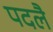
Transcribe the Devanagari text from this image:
पदलै